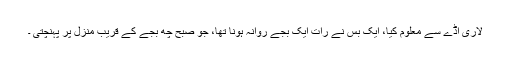
لاری اڈے سے معلوم کیا، ایک بس نے رات ایک بجے روانہ ہونا تھا، جو صبح چھ بجے کے قریب منزل پر پہنچتی ۔